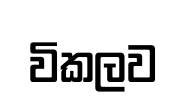
විකලව